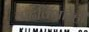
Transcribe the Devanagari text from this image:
वाढविणारेही